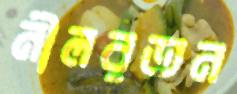
নীলরতন